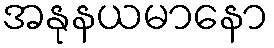
အနုနယမာနော